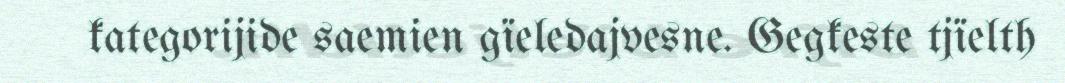
kategorijide saemien gïeledajvesne. Gegkeste tjïelth